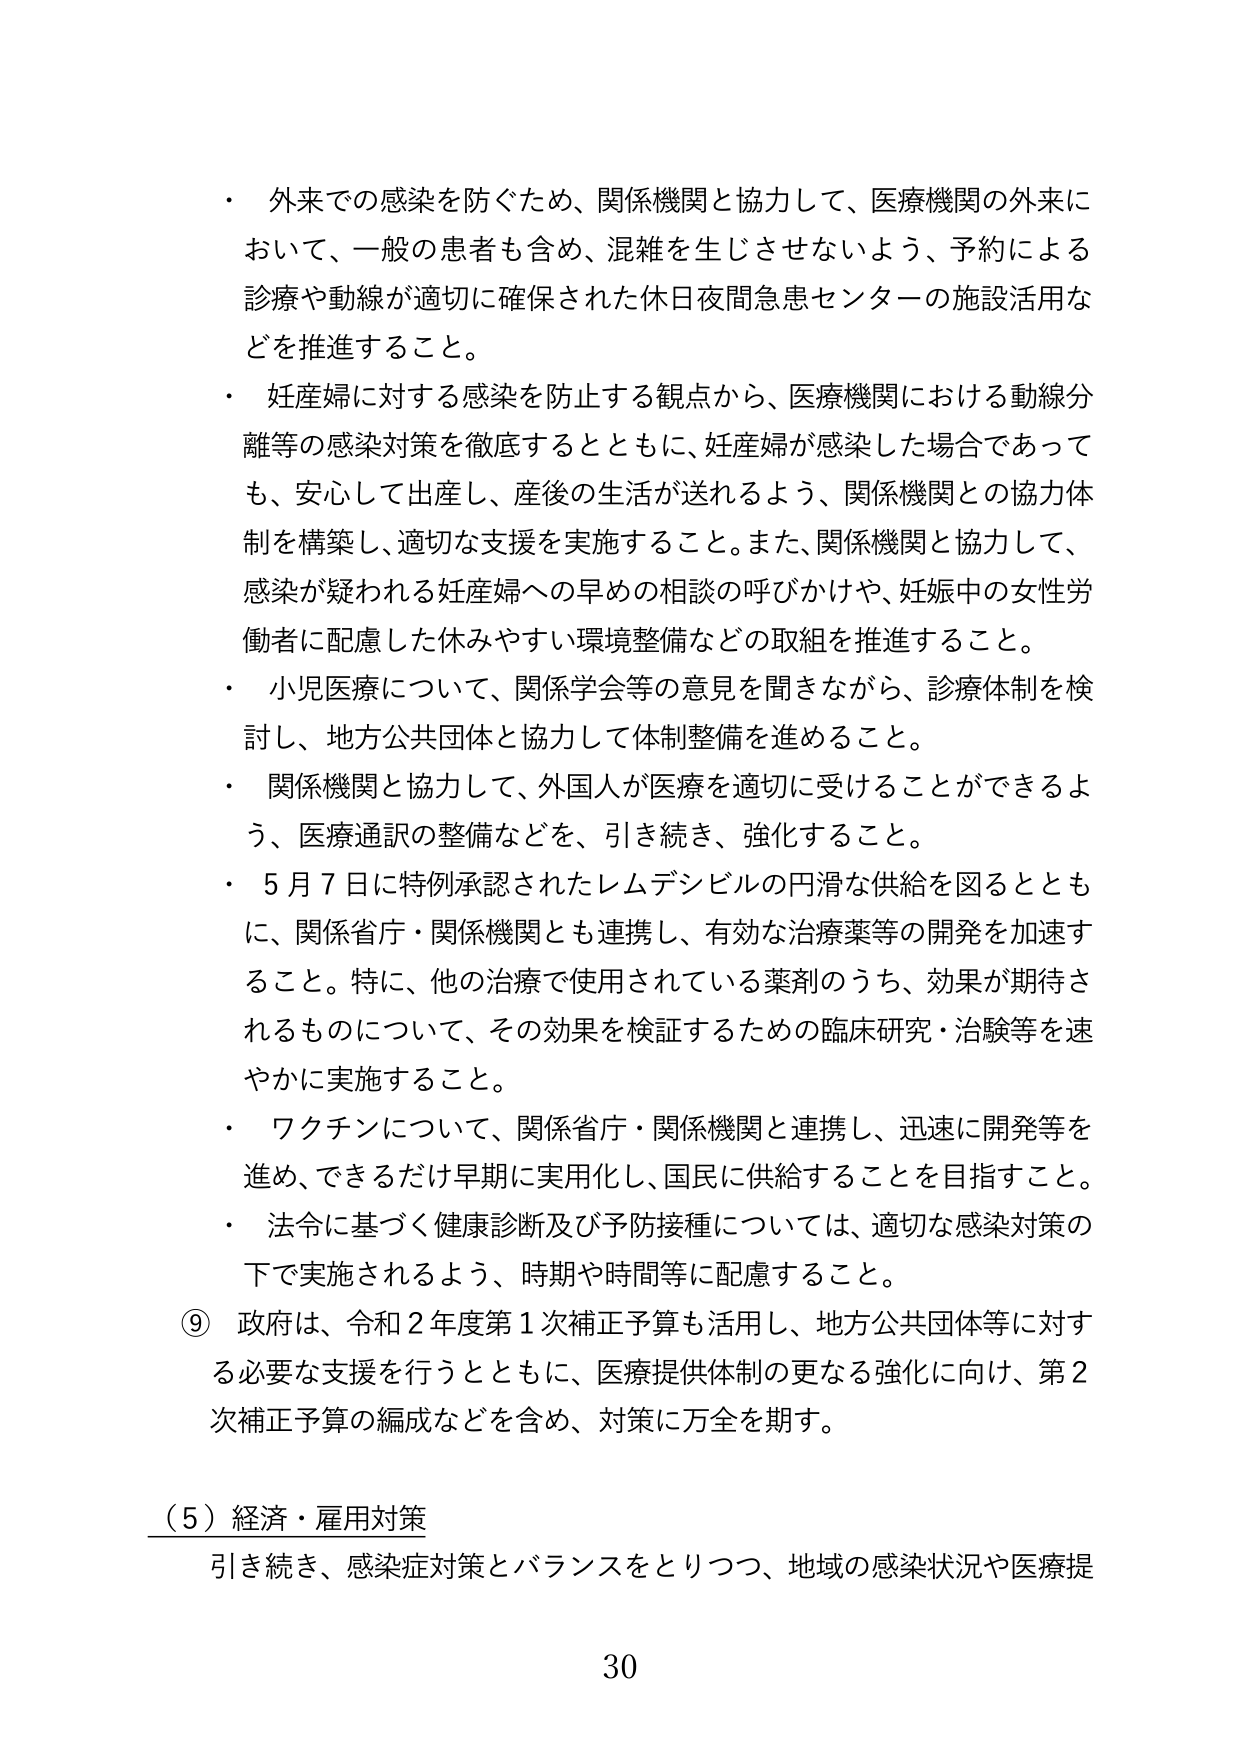
・外来での感染を防ぐため、関係機関と協力して、医療機関の外来において、一般の患者も含め、混雑を生じさせないよう、予約による診療や動線が適切に確保された休日夜間急患センターの施設活用などを推進すること。

・妊産婦に対する感染を防止する観点から、医療機関における動線分離等の感染対策を徹底するとともに、妊産婦が感染した場合であっても、安心して出産し、産後の生活が送れるよう、関係機関との協力体制を構築し、適切な支援を実施すること。また、関係機関と協力して、感染が疑われる妊産婦への早めの相談の呼びかけや、妊娠中の女性労働者に配慮した休みやすい環境整備などの取組を推進すること。

・小児医療について、関係学会等の意見を聞きながら、診療体制を検討し、地方公共団体と協力して体制整備を進めること。

・関係機関と協力して、外国人が医療を適切に受けることができるよう、医療通訳の整備などを、引き続き、強化すること。

・5月7日に特例承認されたレムデシビルの円滑な供給を図るとともに、関係省庁・関係機関とも連携し、有効な治療薬等の開発を加速すること。特に、他の治療で使用されている薬剤のうち、効果が期待されるものについて、その効果を検証するための臨床研究・治験等を速やかに実施すること。

・ワクチンについて、関係省庁・関係機関と連携し、迅速に開発等を進め、できるだけ早期に実用化し、国民に供給することを目指すこと。

・法令に基づく健康診断及び予防接種については、適切な感染対策の下で実施されるよう、時期や時間等に配慮すること。

⑨政府は、令和2年度第1次補正予算も活用し、地方公共団体等に対する必要な支援を行うとともに、医療提供体制の更なる強化に向け、第2次補正予算の編成などを含め、対策に万全を期す。

（5）経済・雇用対策
引き続き、感染症対策とバランスをとりつつ、地域の感染状況や医療提

30